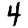
Digit: 4